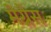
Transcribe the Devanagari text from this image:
मेग्नेस